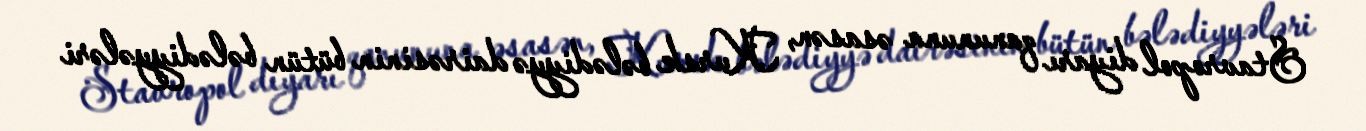
Stavropol diyarı qanununa əsasən, Kursk bələdiyyə dairəsinin bütün bələdiyyələri